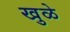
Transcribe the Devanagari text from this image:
खुळे